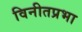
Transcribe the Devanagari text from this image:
विनीतप्रभा